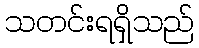
သတင်းရရှိသည်